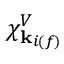
\chi _ { \mathbf { k } _ { i ( f ) } } ^ { V }